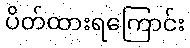
ပိတ်ထားရကြောင်း